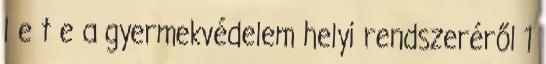
l e t e a gyermekvédelem helyi rendszeréről 1